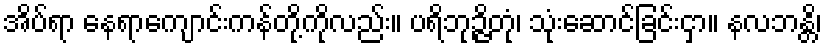
အိပ်ရာ နေရာကျောင်းကန်တို့ကိုလည်း။ ပရိဘုဉ္ဇိတုံ၊ သုံးဆောင်ခြင်းငှာ။ နလဘန္တိ၊